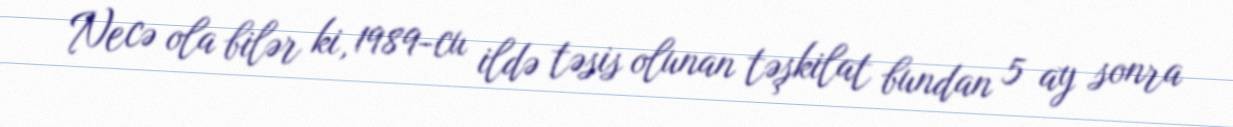
Necə ola bilər ki, 1989-cu ildə təsis olunan təşkilat bundan 5 ay sonra